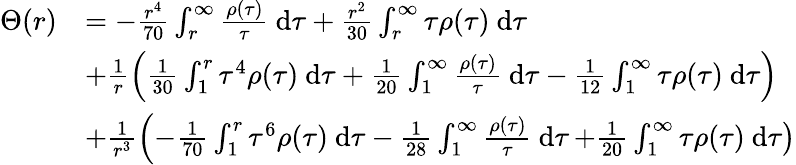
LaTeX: \begin{array}{rl}{\Theta(r)}&{=-\frac{r^{4}}{70}\int_{r}^{\infty}\frac{\rho(\tau)}{\tau}~\mathrm{d}\tau+\frac{r^{2}}{30}\int_{r}^{\infty}\tau\rho(\tau)~\mathrm{d}\tau}\\ &{+\frac{1}{r}\left(\frac{1}{30}\int_{1}^{r}\tau^{4}\rho(\tau)~\mathrm{d}\tau+\frac{1}{20}\int_{1}^{\infty}\frac{\rho(\tau)}{\tau}~\mathrm{d}\tau-\frac{1}{12}\int_{1}^{\infty}\tau\rho(\tau)~\mathrm{d}\tau\right)}\\ &{+\frac{1}{r^{3}}\left(-\frac{1}{70}\int_{1}^{r}\tau^{6}\rho(\tau)~\mathrm{d}\tau-\frac{1}{28}\int_{1}^{\infty}\frac{\rho(\tau)}{\tau}~\mathrm{d}\tau\right.\left.+\frac{1}{20}\int_{1}^{\infty}\tau\rho(\tau)~\mathrm{d}\tau\right)}\end{array}